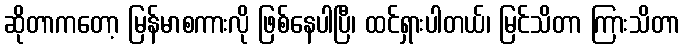
ဆိုတာကတော့ မြန်မာစကားလို ဖြစ်နေပါပြီ၊ ထင်ရှားပါတယ်၊ မြင်သိတာ ကြားသိတာ